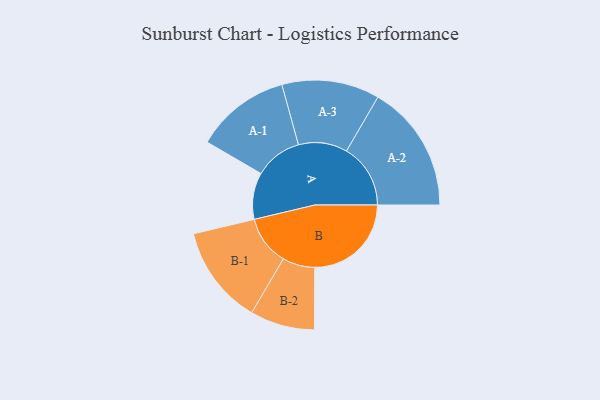
{"axis": {"x": "Segment", "y": "Value"}, "legend": ["", "A", "B"], "data": [{"x": "A", "y": 209, "type": ""}, {"x": "B", "y": 433, "type": ""}, {"x": "A-1", "y": 213, "type": "A"}, {"x": "A-2", "y": 287, "type": "A"}, {"x": "A-3", "y": 219, "type": "A"}, {"x": "B-1", "y": 222, "type": "B"}, {"x": "B-2", "y": 145, "type": "B"}]}